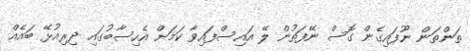
ތަންތަން ނޫފައިގެން ގޮސް ނޭފަތުން ލޭ އައިސްފައިވާ ކަމަށް އެހިސާބުގައި ދިރިއުޅޭ ބައެއް